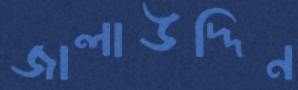
জালাউদ্দিন